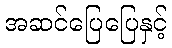
အဆင်ပြေပြေနှင့်